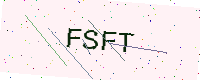
Text: FSFT